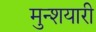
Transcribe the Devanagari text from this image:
मुन्शयारी